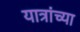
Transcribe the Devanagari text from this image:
यात्रांच्या